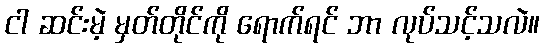
ငါ ဆင်းမဲ့ မှတ်တိုင်ကို ရောက်ရင် ဘာ လုပ်သင့်သလဲ။